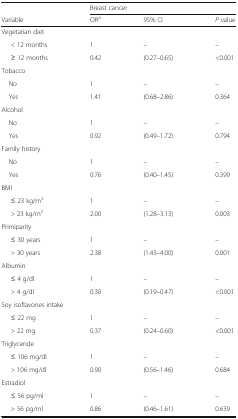
<table><thead><tr><td></td><td colspan="3"><b>Breast cancer</b></td></tr><tr><td><b>Variable</b></td><td><b>OR<sup>a</sup></b></td><td><b>95% CI</b></td><td><b><i>P</i> value</b></td></tr></thead><tbody><tr><td colspan="4">Vegetarian diet</td></tr><tr><td>&lt; 12 months</td><td>1</td><td>–</td><td>–</td></tr><tr><td>≥ 12 months</td><td>0.42</td><td>(0.27–0.65)</td><td>&lt;0.001</td></tr><tr><td colspan="4">Tobacco</td></tr><tr><td> No</td><td>1</td><td>–</td><td>–</td></tr><tr><td> Yes</td><td>1.41</td><td>(0.68–2.86)</td><td>0.364</td></tr><tr><td colspan="4">Alcohol</td></tr><tr><td> No</td><td>1</td><td>–</td><td>–</td></tr><tr><td> Yes</td><td>0.92</td><td>(0.49–1.72)</td><td>0.794</td></tr><tr><td colspan="4">Family history</td></tr><tr><td> No</td><td>1</td><td>–</td><td>–</td></tr><tr><td> Yes</td><td>0.76</td><td>(0.40–1.45)</td><td>0.399</td></tr><tr><td colspan="4">BMI</td></tr><tr><td>≤ 23 kg/m<sup>2</sup></td><td>1</td><td>–</td><td>–</td></tr><tr><td>&gt; 23 kg/m<sup>2</sup></td><td>2.00</td><td>(1.28–3.13)</td><td>0.003</td></tr><tr><td colspan="4">Primiparity</td></tr><tr><td>≤ 30 years</td><td>1</td><td>–</td><td>–</td></tr><tr><td>&gt; 30 years</td><td>2.38</td><td>(1.43–4.00)</td><td>0.001</td></tr><tr><td colspan="4">Albumin</td></tr><tr><td>≤ 4 g/dl</td><td>1</td><td>–</td><td>–</td></tr><tr><td>&gt; 4 g/dl</td><td>0.30</td><td>(0.19–0.47)</td><td>&lt;0.001</td></tr><tr><td colspan="4">Soy isoflavones intake</td></tr><tr><td>≤ 22 mg</td><td>1</td><td>–</td><td>–</td></tr><tr><td>&gt; 22 mg</td><td>0.37</td><td>(0.24–0.60)</td><td>&lt;0.001</td></tr><tr><td colspan="4">Triglyceride</td></tr><tr><td>≤ 106 mg/dl</td><td>1</td><td>–</td><td>–</td></tr><tr><td>&gt; 106 mg/dl</td><td>0.90</td><td>(0.56–1.46)</td><td>0.684</td></tr><tr><td colspan="4">Estradiol</td></tr><tr><td>≤ 56 pg/ml</td><td>1</td><td>–</td><td>–</td></tr><tr><td>&gt; 56 pg/ml</td><td>0.86</td><td>(0.46–1.61)</td><td>0.639</td></tr></tbody></table>